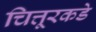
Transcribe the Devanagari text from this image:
चित्तूरकडे